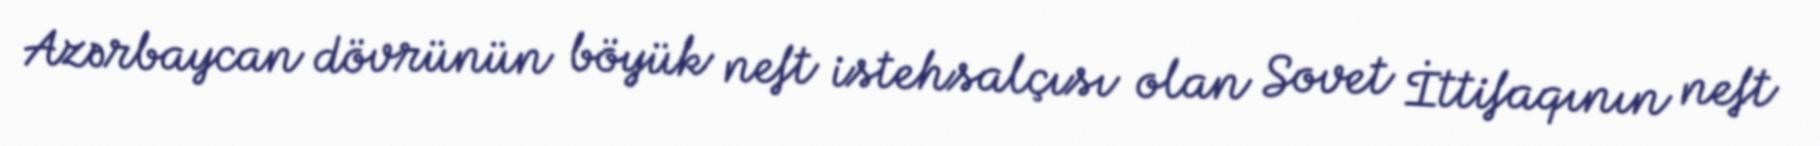
Azərbaycan dövrünün böyük neft istehsalçısı olan Sovet İttifaqının neft